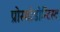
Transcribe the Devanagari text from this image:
प्रोस्थोडोन्टिस्ट